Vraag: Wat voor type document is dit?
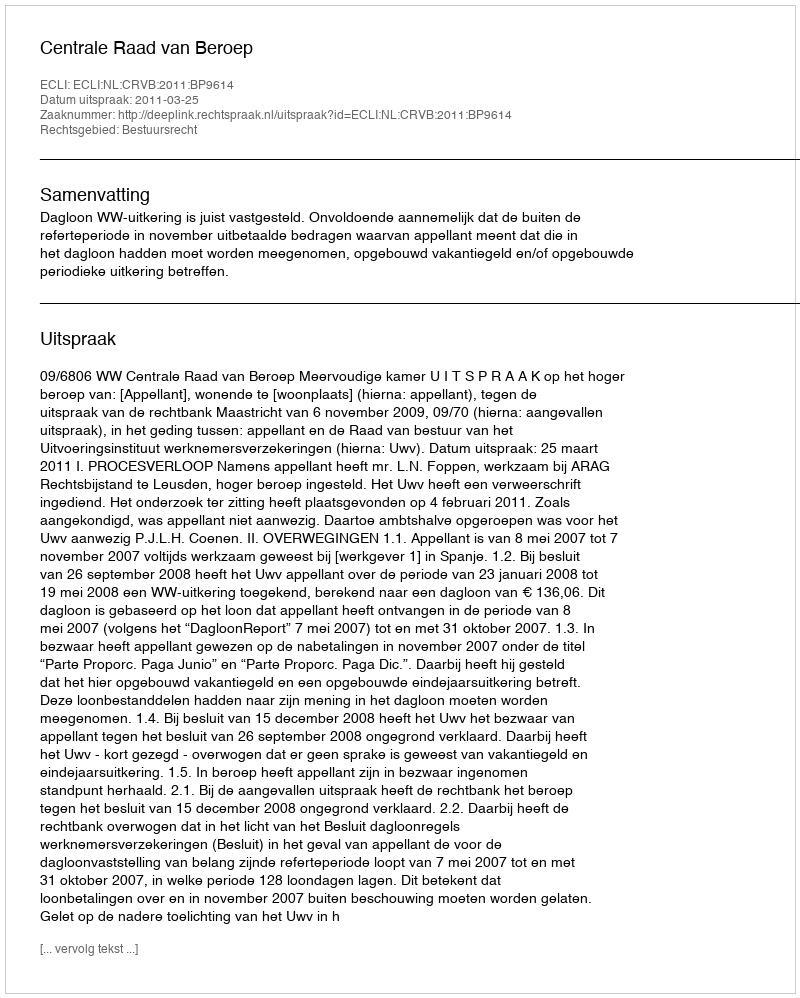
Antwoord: Uitspraak